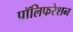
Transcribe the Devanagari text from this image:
प्रॉलिफरेशन